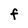
Character: F